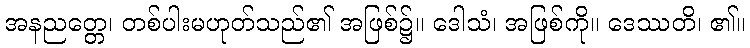
အနညတ္တေ၊ တစ်ပါးမဟုတ်သည်၏ အဖြစ်၌။ ဒေါသံ၊ အဖြစ်ကို။ ဒေဿတိ၊ ၏။